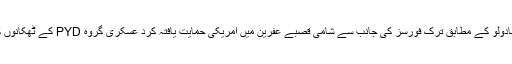
ترک خبر رساں ادارے انادولو کے مطابق ترک فورسز کی جانب سے شامی قصبے عفرین میں امریکی حمایت یافتہ کرد عسکری گروہ PYD کے ٹھکانوں کو نشانہ بنایا جا رہا ہے۔